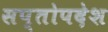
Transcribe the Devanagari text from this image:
सप्तोपदेश